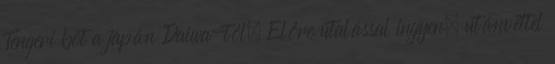
Tengeri bot a japán Daiwa-tól. Előre utalással ingyen, utánvéttel